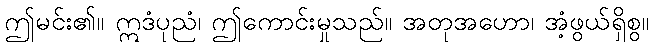
ဤမင်း၏။ ဣဒံပုညံ၊ ဤကောင်းမှုသည်။ အတုအဟော၊ အံ့ဖွယ်ရှိစွ။